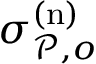
\sigma _ { \mathcal { P } , o } ^ { ( \mathrm { n } ) }